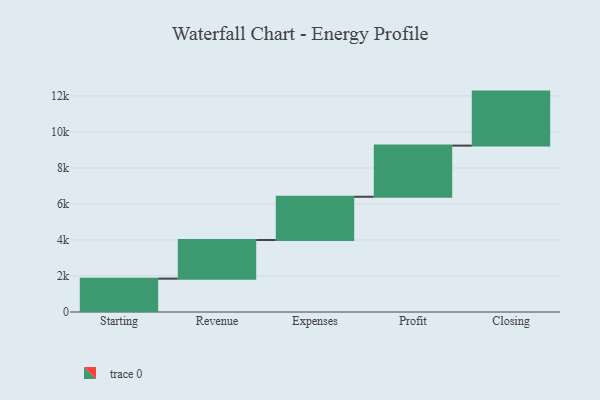
{"axis": {"x": "Step", "y": "Value"}, "legend": [""], "data": [{"x": "Starting", "y": 1853.0, "type": ""}, {"x": "Revenue", "y": 2145.0, "type": ""}, {"x": "Expenses", "y": 2403.0, "type": ""}, {"x": "Profit", "y": 2840.0, "type": ""}, {"x": "Closing", "y": 3000, "type": ""}]}